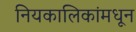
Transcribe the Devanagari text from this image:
नियकालिकांमधून